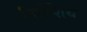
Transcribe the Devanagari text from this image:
निर्धेशिथ